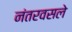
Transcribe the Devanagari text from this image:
नंतरवसले